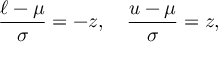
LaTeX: { \frac { \ell - \mu } { \sigma } } = - z , \quad { \frac { u - \mu } { \sigma } } = z ,